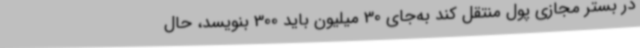
در بستر مجازی پول منتقل کند به‌جای 30 میلیون باید 300 بنویسد، حال